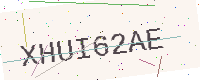
Text: XHUI62AE